Lunatic asylums Punjab 1881-1894 - 1881-1894
Year: 1881
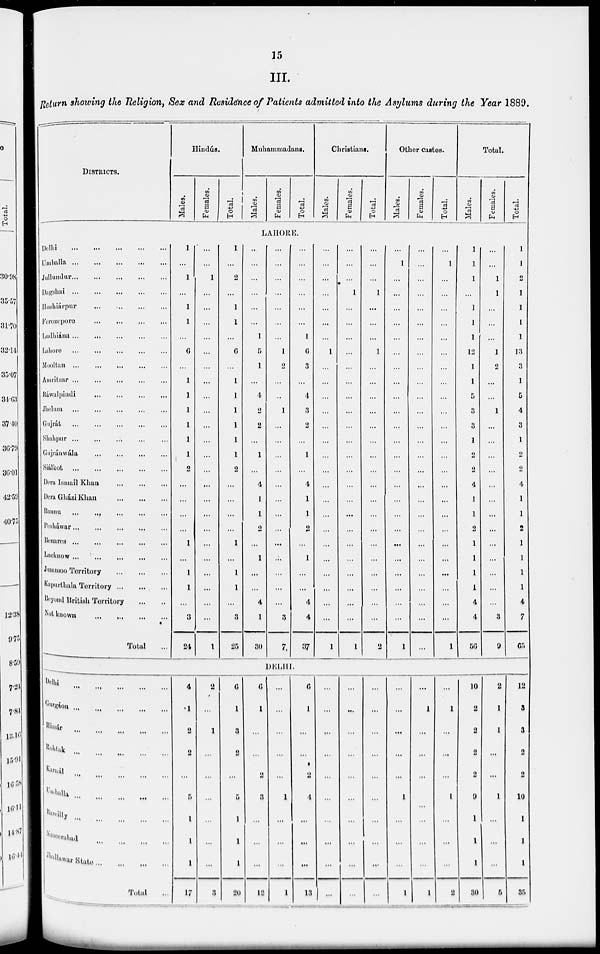
15
III.
Return showing the Religion, Sex and Residence of Patients admitted into the Asylums during the Year 1889.
DISTRICTS.
Hindús.
Males.
Females.
Total.
Muhammadans.
Males.
Females.
Total.
Christians.
Males.
Females.
Total.
Other castes.
Males.
Females.
Total.
Total.
Males.
Females.
Total.
LAHORE.
Delhi
...
...
...
...
...
Umballa
...
...
...
...
...
Jullundur ... ... ... ... ...
Dagshai
...
...
...
...
...
Hoshiárpur ... ... ... ... ...
Ferozepore
...
...
...
...
...
Ludhiána ... ... ... ... ...
Lahore
...
...
...
...
...
Mooltan
...
...
...
...
...
Amritsar
...
...
...
...
...
Ráwalpindi ... ... ... ... ...
Jhelum
...
...
...
...
...
Gujrát
...
...
...
...
...
Shahpur
...
...
...
...
...
Gujránwála ... ... ... ... ...
Siálkot
...
...
...
...
...
Dera Ismail Khan
...
...
...
Deru Gházi Khan
...
...
...
Bannu
...
...
...
...
...
Pesháwar ... ... ... ... ...
Benares ... ... ... ... ...
Lucknow ... ... ... ... ...
Jummoo Territory
...
...
...
Kapurthala Territory ... ... ...
Beyond British Territory
...
...
Not known ... ... ... ... ...
Total ...
1
...
1
...
1
1
...
6
...
1
1
1
1
1
1
2
...
...
...
...
1
...
1
1
...
3
24
...
...
1
...
...
...
...
...
...
...
...
...
...
...
...
...
...
...
...
...
...
...
...
...
...
...
1
1
...
2
...
1
1
...
6
...
1
1
1
1
1
2
...
...
...
...
1
...
1
1
...
3
25
...
...
...
...
...
...
1
5
1
...
4
2
2
...
1
...
4
1
1
2
...
1
...
...
4
1
30
...
...
...
...
...
...
...
1
2
...
...
1
...
...
...
...
...
...
...
...
...
...
...
...
...
3
7
...
...
...
...
...
...
1
6
3
...
4
3
2
...
1
...
4
1
1
2
...
1
...
...
4
4
37
...
...
...
...
...
...
...
1
...
...
...
...
...
...
...
...
...
...
...
...
...
...
...
...
...
...
1
...
...
...
1
...
...
...
...
...
...
...
...
...
...
...
...
...
...
...
...
...
...
...
...
...
...
1
...
...
...
1
...
...
...
1
...
...
...
...
...
...
...
...
...
...
...
...
...
...
...
...
...
...
2
...
1
...
...
...
...
...
...
...
...
...
...
...
...
...
...
...
...
...
...
...
...
...
...
...
...
1
...
...
...
...
...
...
...
...
...
...
...
...
...
...
...
...
...
...
...
...
...
...
...
...
...
...
...
...
1
...
...
...
...
...
...
...
...
...
...
...
...
...
...
...
...
...
...
...
...
...
...
...
...
1
1
1
1
...
1
1
1
12
1
1
5
3
3
1
2
2
4
1
1
2
1
1
1
1
4
4
56
...
...
1
1
...
...
...
1
2
...
...
1
...
...
...
...
...
...
...
...
...
...
...
...
...
3
9
1
1
2
1
1
1
1
13
3
1
5
4
3
1
2
2
4
1
1
2
1
1
1
1
4
7
65
DELHI.
Delhi ... ... ... ... ...
Gurgáon ... ... ... ... ...
Hissár
... ... ... ... ...
Rohtak ... ... ... ...
...
Karnál ... ... ... ... ...
Umballa ... ... ... ... ...
Bareilly ... ... ... ... ...
Naseerabad ... ... ... ... ...
Jhallawar State ... ... ... ... ...
Total ...
4
1
2
2
...
5
1
1
1
17
2
...
1
...
...
...
...
...
...
3
6
1
3
2
...
5
1
1
1
20
6
1
...
...
2
3
...
...
...
12
...
...
...
...
...
1
...
...
...
1
6
1
...
...
2
4
...
...
...
13
...
...
...
...
...
...
...
...
...
...
...
...
...
...
...
...
...
...
...
...
...
...
...
...
...
...
...
...
...
...
...
...
...
...
...
1
...
...
...
1
...
1
...
...
...
...
...
...
1
...
1
...
...
...
1
...
...
...
2
10
2
2
2
2
9
1
1
1
30
2
1
1
...
...
1
...
...
...
5
12
3
3
2
2
10
1
1
1
35